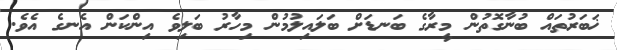
ޚަބަރުތައް ބުނާގޮތުން މީރާގެ ބަނޑަށް ބަލައިލުމުން މިހާރު ބަލިވެ އިންކަން އެނގެ އެވެ.